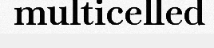
multicelled